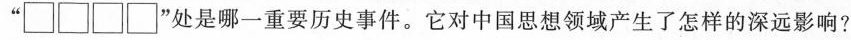
“\Box \Box \Box \Box ”处是哪一重要历史事件。它对中国思想领域产生了怎样的深远影响?